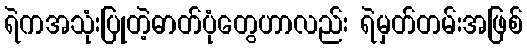
ရဲကအသုံးပြုတဲ့ဓာတ်ပုံတွေဟာလည်း ရဲမှတ်တမ်းအဖြစ်